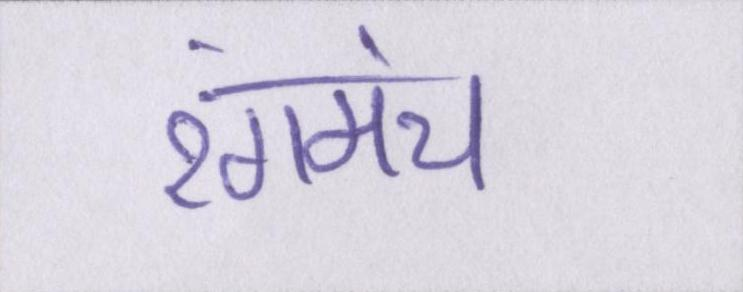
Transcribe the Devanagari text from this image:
रंगमंच